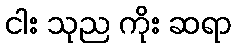
ငါး သုည ကိုး ဆရာ